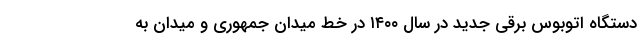
دستگاه اتوبوس برقی جدید در سال ۱۴۰۰ در خط میدان جمهوری و میدان به